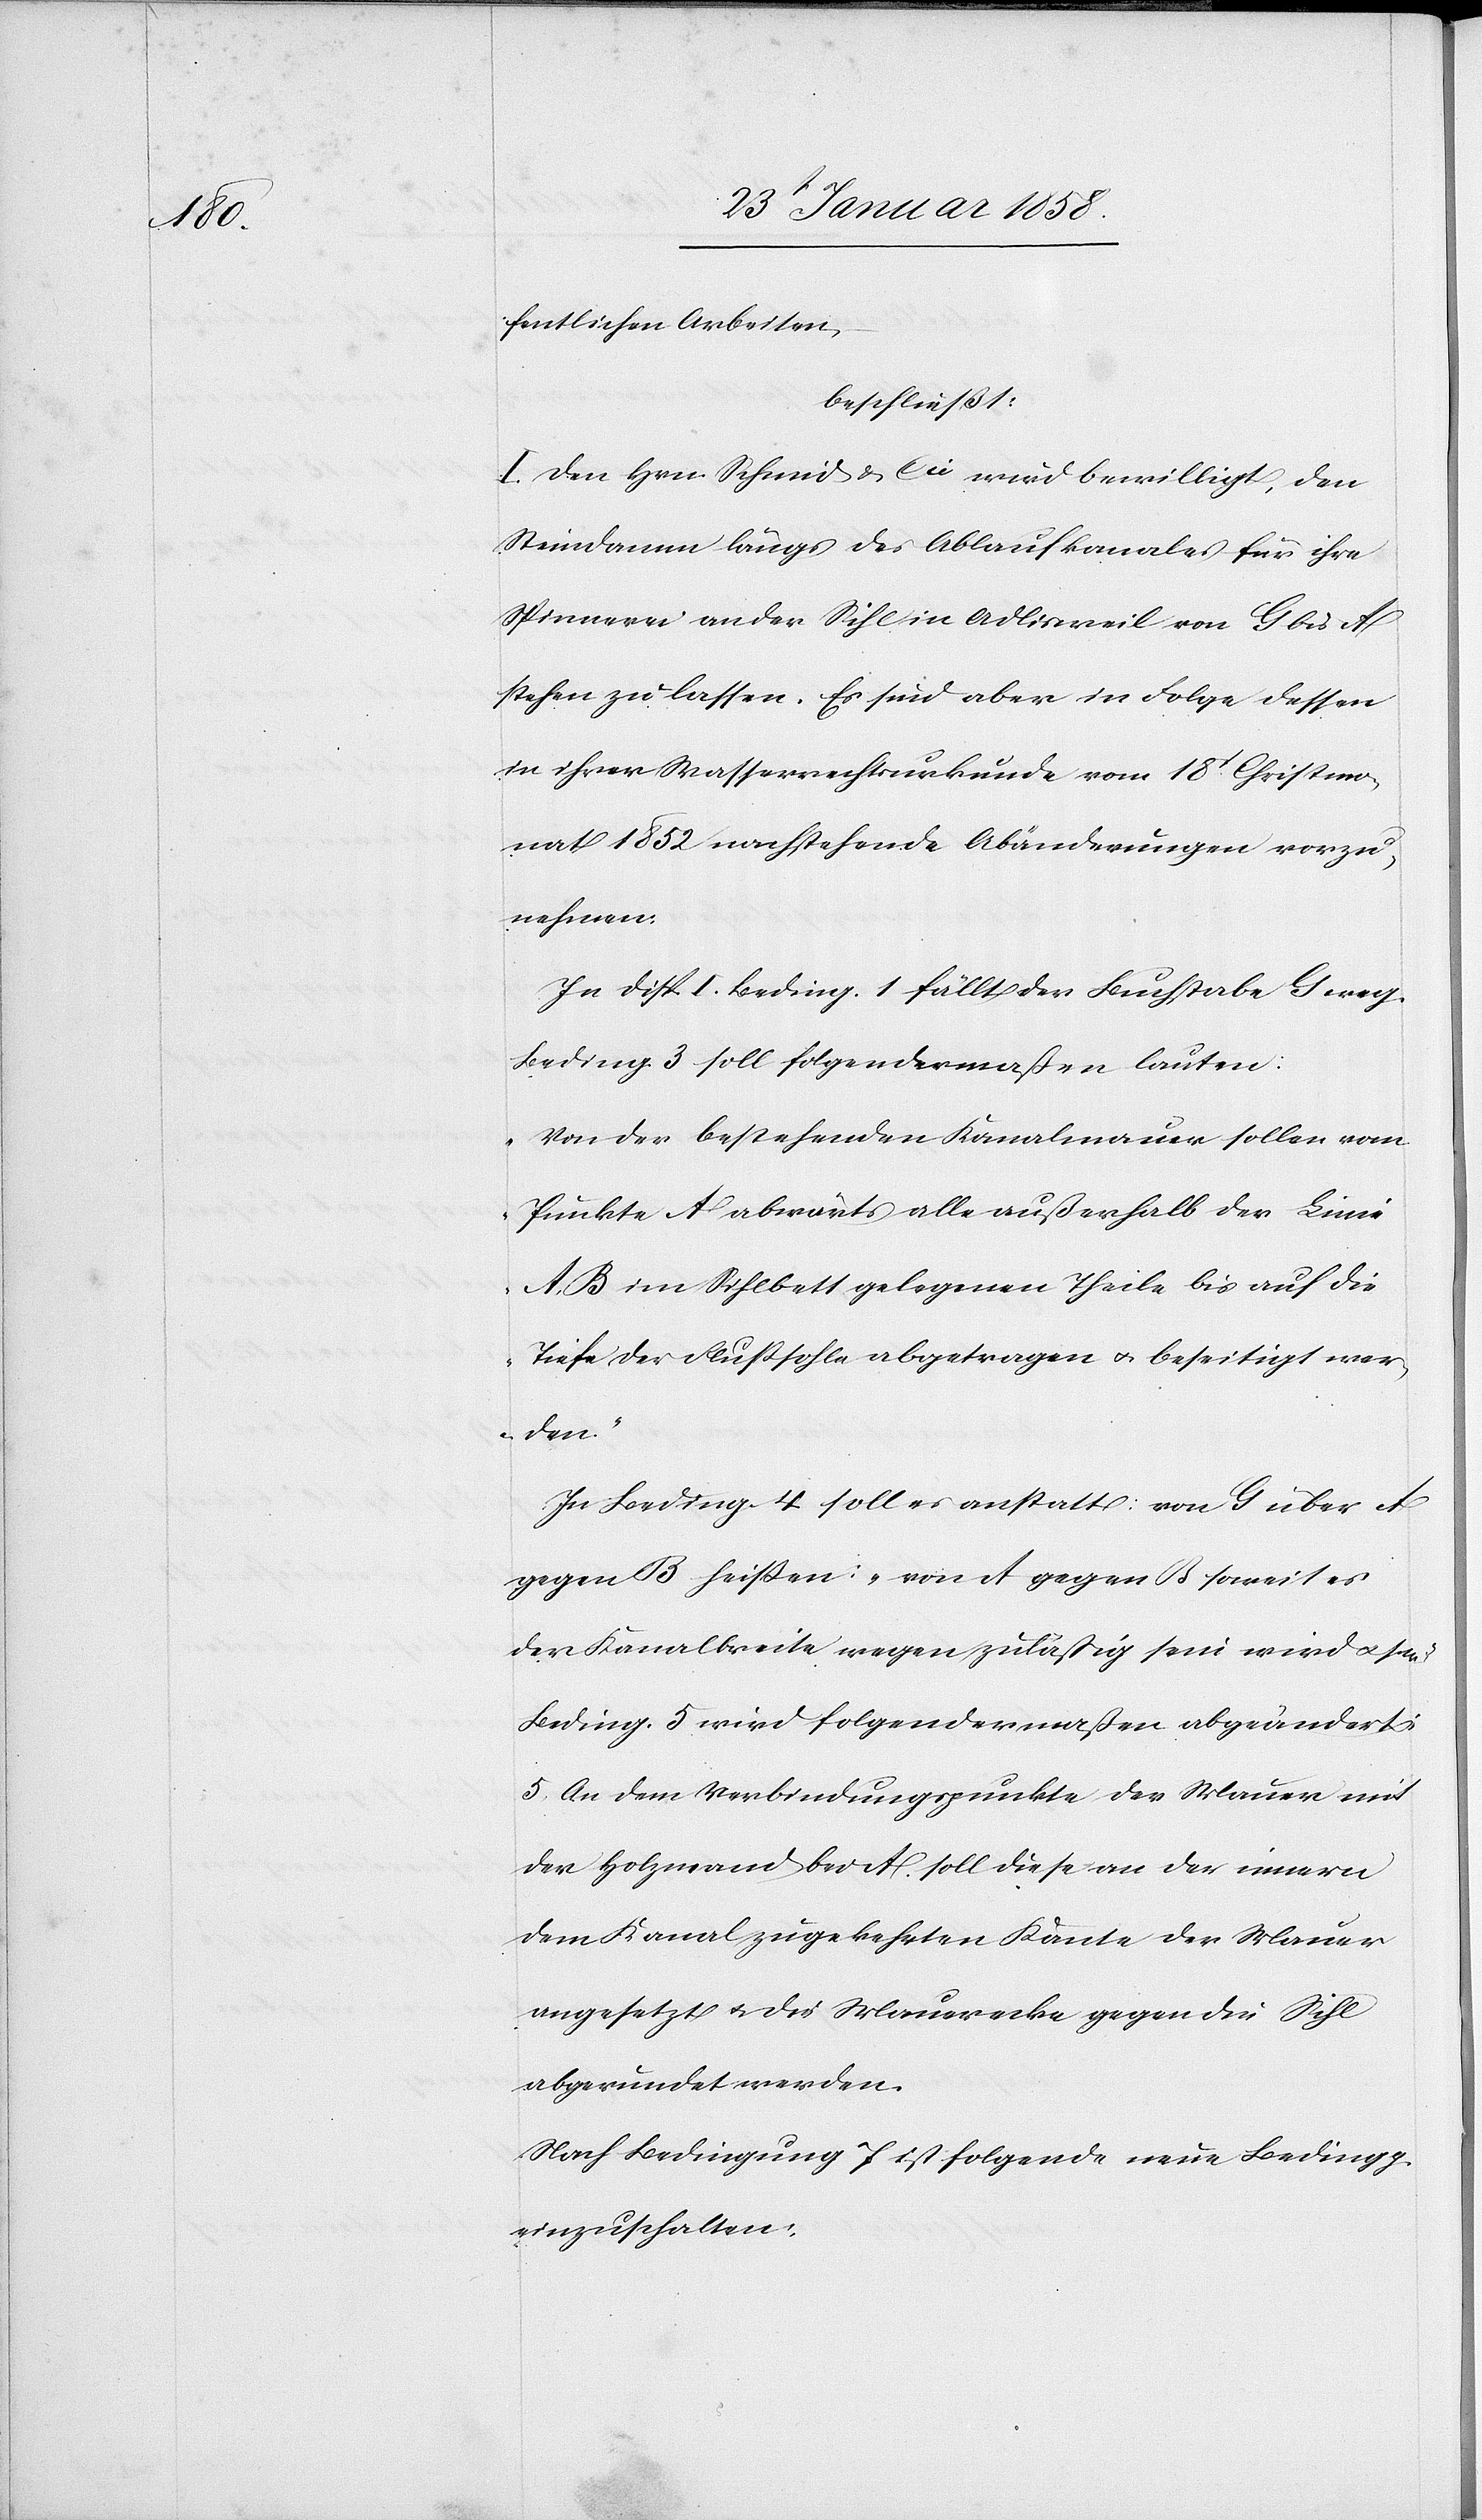
fentlichen Arbeiten,
beschließt:
I. Den Hrn. Schmid & Cie wird bewilligt, den
Steindamm längs des Ablaufkanals für ihre
Spinnerei an der Sihl in Adlisweil von G bis A
stehen zu lassen. Es sind aber in Folge dessen
in ihrer Wasserrechtsurkunde vom 18t Christmo¬
nat 1852 nachstehende Abänderungen vorzu¬
nehmen.
In Disp. I. Beding. 1 fällt der Buchstabe G weg.
Beding. 3 soll folgendermaßen lauten:
„Von der bestehenden Kanalmauer sollen vom
Punkte A abwärts alle außerhalb der Linie
A B im Sihlbett gelegenen Theile bis auf die
Tiefe der Flußsohle abgetragen u. beseitigt wer¬
den.“
In Beding. 4 soll es anstatt: von G über A
gegen B heißen: „von A gegen B soweit es
der Kanalbreite wegen zuläßig sein wird u. s.
Beding. 5 wird folgendermaßen abgeändert:
5. An dem Verbindungspunkte der Mauer mit
der Holzwand bei A. soll diese an der innern
dem Kanal zugekehrten Kante der Mauer
angesetzt u. die Mauerecke gegen die Sihl
abgerundet werden.
Nach Bedingung 7 ist folgende neue Bedingg.
einzuschalten: